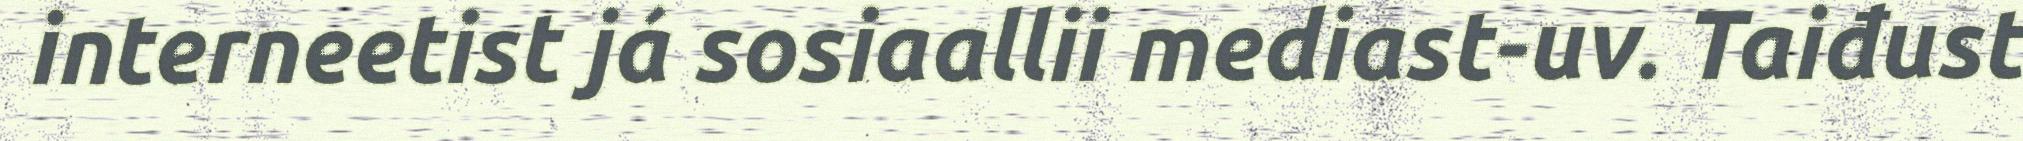
interneetist já sosiaallii mediast-uv. Taiđust